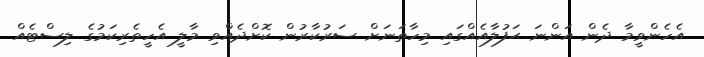
އެހެންވީމާ ދެން އަންނަ ޙަފުލާއެއްގައި މިހާތަނަށް ސަރުކާރުން ކޮށްދެއްވި މާލީ އެހީތެރިކަމުގެ ލިސްޓެއް